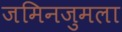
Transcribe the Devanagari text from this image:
जमिनजुमला